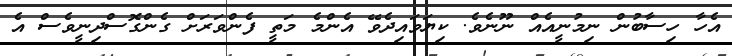
އެހާ ހިސާބުން ނިމުނީއެއް ނޫނެވެ. ކިޔަވައިދެވޭ އެންމެ މަތީ ފެންވަރަށް ގެންގޮސްދިނީވެސް އެ